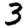
Digit: 3